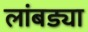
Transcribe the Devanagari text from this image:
लांबड्या